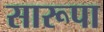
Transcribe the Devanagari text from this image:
सारूपा